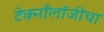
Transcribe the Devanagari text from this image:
टेक्नाँलॉजीचा